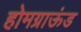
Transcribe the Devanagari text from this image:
होमग्राऊंड